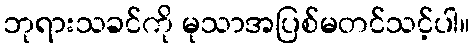
ဘုရားသခင်ကို မုသာအပြစ်မတင်သင့်ပါ။